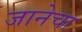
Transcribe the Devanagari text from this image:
जानेचा